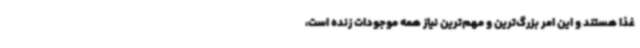
غذا هستند و این امر بزرگ‌ترین و مهم‌ترین نیاز همه موجودات زنده است،